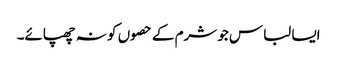
ایسا لباس جو شرم کے حصوں کو نہ چھپائے۔